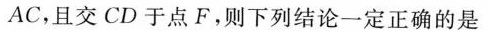
AC，且交CD于点F。则下列结论一定正确的是